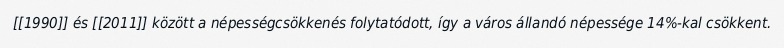
[[1990]] és [[2011]] között a népességcsökkenés folytatódott, így a város állandó népessége 14%-kal csökkent.